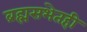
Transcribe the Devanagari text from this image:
ब्रह्मसभेतही